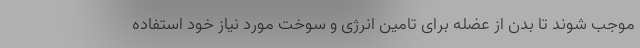
موجب شوند تا بدن از عضله برای تامین انرژی و سوخت مورد نیاز خود استفاده